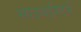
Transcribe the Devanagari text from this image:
साउथईस्टर्न